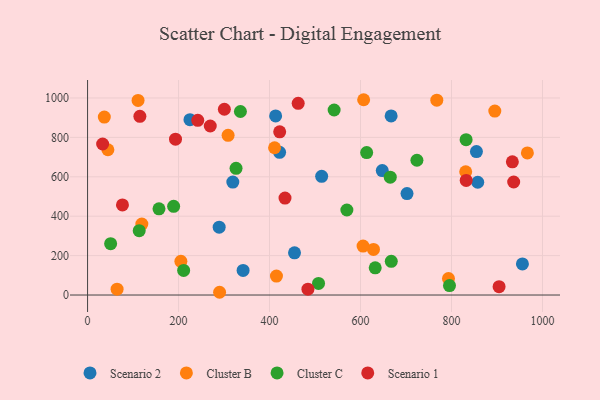
{"axis": {"x": "Study Hours", "y": "Profit"}, "legend": ["Cluster B", "Cluster C", "Scenario 1", "Scenario 2"], "data": [{"x": "854.8", "y": 728.1, "type": "Scenario 2"}, {"x": "319.3", "y": 573.3, "type": "Scenario 2"}, {"x": "647.8", "y": 631.7, "type": "Scenario 2"}, {"x": "702.2", "y": 515.1, "type": "Scenario 2"}, {"x": "413.4", "y": 909.0, "type": "Scenario 2"}, {"x": "514.6", "y": 602.2, "type": "Scenario 2"}, {"x": "289.3", "y": 344.4, "type": "Scenario 2"}, {"x": "225.1", "y": 889.9, "type": "Scenario 2"}, {"x": "422.1", "y": 724.3, "type": "Scenario 2"}, {"x": "857.7", "y": 572.2, "type": "Scenario 2"}, {"x": "454.9", "y": 214.0, "type": "Scenario 2"}, {"x": "667.3", "y": 908.8, "type": "Scenario 2"}, {"x": "341.9", "y": 124.7, "type": "Scenario 2"}, {"x": "955.9", "y": 157.8, "type": "Scenario 2"}, {"x": "793.4", "y": 83.6, "type": "Cluster B"}, {"x": "119.3", "y": 360.1, "type": "Cluster B"}, {"x": "415.2", "y": 96.3, "type": "Cluster B"}, {"x": "895.2", "y": 933.5, "type": "Cluster B"}, {"x": "64.9", "y": 29.7, "type": "Cluster B"}, {"x": "411.1", "y": 747.5, "type": "Cluster B"}, {"x": "628.5", "y": 231.6, "type": "Cluster B"}, {"x": "605.6", "y": 248.2, "type": "Cluster B"}, {"x": "966.8", "y": 720.9, "type": "Cluster B"}, {"x": "308.9", "y": 810.4, "type": "Cluster B"}, {"x": "831.2", "y": 625.5, "type": "Cluster B"}, {"x": "36.8", "y": 903.1, "type": "Cluster B"}, {"x": "606.9", "y": 991.1, "type": "Cluster B"}, {"x": "767.7", "y": 988.8, "type": "Cluster B"}, {"x": "290.2", "y": 14.0, "type": "Cluster B"}, {"x": "44.7", "y": 737.3, "type": "Cluster B"}, {"x": "205.1", "y": 171.3, "type": "Cluster B"}, {"x": "111.0", "y": 987.4, "type": "Cluster B"}, {"x": "613.5", "y": 723.1, "type": "Cluster C"}, {"x": "189.2", "y": 450.3, "type": "Cluster C"}, {"x": "336.0", "y": 931.3, "type": "Cluster C"}, {"x": "211.2", "y": 124.8, "type": "Cluster C"}, {"x": "507.7", "y": 58.7, "type": "Cluster C"}, {"x": "326.4", "y": 642.9, "type": "Cluster C"}, {"x": "157.0", "y": 437.7, "type": "Cluster C"}, {"x": "632.3", "y": 137.9, "type": "Cluster C"}, {"x": "667.6", "y": 171.0, "type": "Cluster C"}, {"x": "113.5", "y": 326.4, "type": "Cluster C"}, {"x": "795.6", "y": 47.9, "type": "Cluster C"}, {"x": "570.0", "y": 431.5, "type": "Cluster C"}, {"x": "832.1", "y": 788.2, "type": "Cluster C"}, {"x": "665.4", "y": 598.2, "type": "Cluster C"}, {"x": "50.7", "y": 260.7, "type": "Cluster C"}, {"x": "542.0", "y": 938.9, "type": "Cluster C"}, {"x": "724.0", "y": 684.0, "type": "Cluster C"}, {"x": "300.7", "y": 942.8, "type": "Scenario 1"}, {"x": "933.8", "y": 675.9, "type": "Scenario 1"}, {"x": "76.7", "y": 457.3, "type": "Scenario 1"}, {"x": "422.3", "y": 828.1, "type": "Scenario 1"}, {"x": "484.4", "y": 29.9, "type": "Scenario 1"}, {"x": "193.3", "y": 790.9, "type": "Scenario 1"}, {"x": "832.3", "y": 581.8, "type": "Scenario 1"}, {"x": "463.0", "y": 972.9, "type": "Scenario 1"}, {"x": "242.2", "y": 886.7, "type": "Scenario 1"}, {"x": "904.6", "y": 42.2, "type": "Scenario 1"}, {"x": "434.0", "y": 491.8, "type": "Scenario 1"}, {"x": "115.0", "y": 906.8, "type": "Scenario 1"}, {"x": "269.7", "y": 857.7, "type": "Scenario 1"}, {"x": "936.7", "y": 573.7, "type": "Scenario 1"}, {"x": "33.1", "y": 766.5, "type": "Scenario 1"}]}